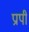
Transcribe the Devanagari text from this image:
प्रापी